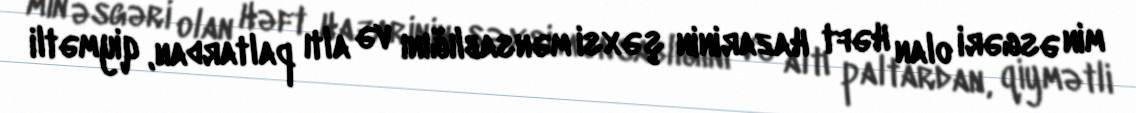
min əsgəri olan Həft Hazarinin şəxsi mənsablığını və altı paltardan, qiymətli